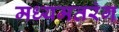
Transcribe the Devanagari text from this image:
मध्यमतरंग